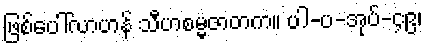
ဖြစ်ပေါ်လာဟန် သီဟစမ္မဇာတက။ ပါ-ပ-အုပ်-၄၉၊